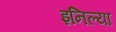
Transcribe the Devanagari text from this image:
इनिल्या